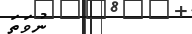
ނުވަތަ